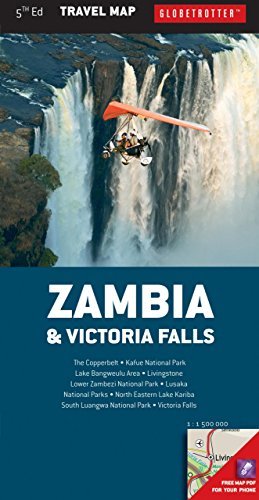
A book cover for By Globetrotter Zambia & Victoria Falls Travel Map (Globetrotter Travel Map) (Fifth Edition) [Map]; Travel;